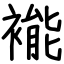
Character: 褦